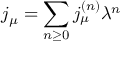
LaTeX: j _ { \mu } = \sum _ { n \ge 0 } j _ { \mu } ^ { ( n ) } \lambda ^ { n }